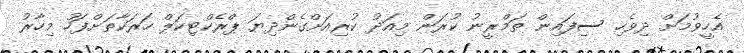
އެހީވުމަށް ދިވެހި ސިފައިން ތަމްރީނު ކުރަން މިއަދު ކުރިއަށްގެންދިޔަ ޕްރެކްޓިކަލް ހަރަކާތަށްފަހު މިހާރު